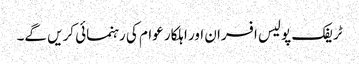
ٹریفک پولیس افسران اور اہلکار عوام کی رہنمائی کریں گے۔